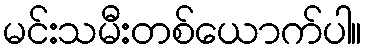
မင်းသမီးတစ်ယောက်ပါ။